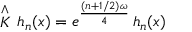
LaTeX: \stackrel { \wedge } { K } \, h _ { n } ( x ) = e ^ { \frac { ( n + 1 / 2 ) \omega } { 4 } } \, h _ { n } ( x )